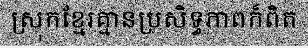
ស្រុកខ្មែរគ្មានប្រសិទ្ធភាពក៏ពិត